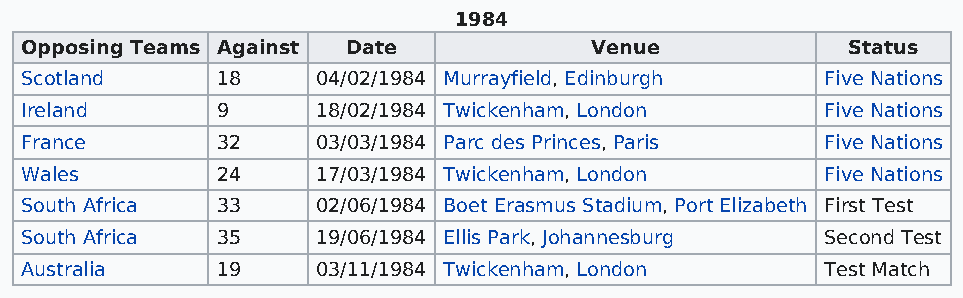
1984
 Opposing Teams Against Date           Venue            Status
 Scotland     18     04/02/1984 Murrayfield, Edinburgh Five Nations
 Ireland      9      18/02/1984 Twickenham, London     Five Nations
 France       32     03/03/1984 Parc des Princes, Paris Five Nations
 Wales        24     17/03/1984 Twickenham, London     Five Nations
 South Africa 33     02/06/1984 Boet Erasmus Stadium, Port Elizabeth First Test
 South Africa 35     19/06/1984 Ellis Park, Johannesburg Second Test
 Australia    19     03/11/1984 Twickenham, London     Test Match